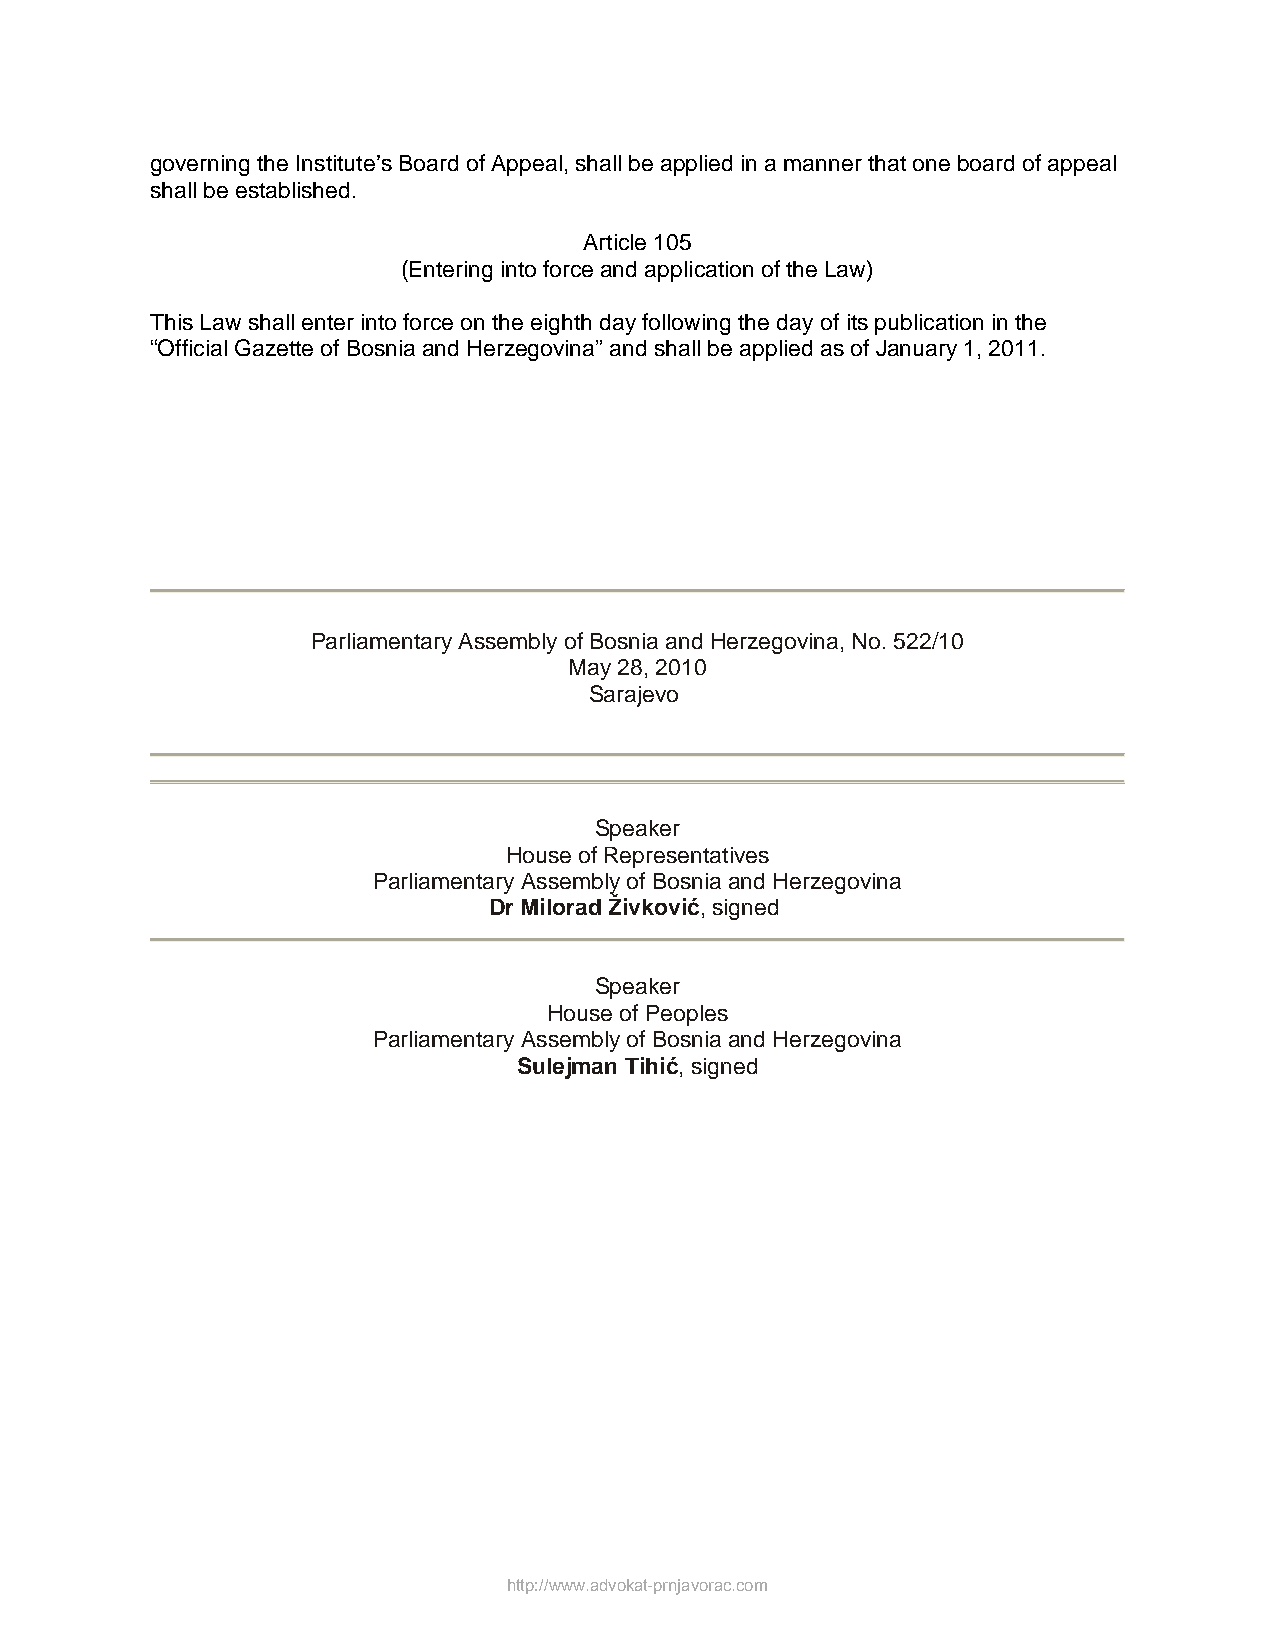
governing the Institute’s Board of Appeal, shall be applied in a manner that one board of appeal
 shall be established.
 Article 105
 (Entering into force and application of the Law)
 This Law shall enter into force on the eighth day following the day of its publication in the
 “Official Gazette of Bosnia and Herzegovina” and shall be applied as of January 1, 2011.
 Parliamentary Assembly of Bosnia and Herzegovina, No. 522/10
 May 28, 2010
 Sarajevo
 Speaker
 House of Representatives
 Parliamentary Assembly of Bosnia and Herzegovina
 Dr Milorad Živković, signed
 Speaker
 House of Peoples
 Parliamentary Assembly of Bosnia and Herzegovina
 Sulejman Tihić, signed
 http://www.advokat-prnjavorac.com